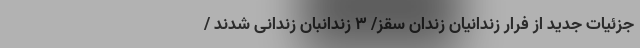
جزئیات جدید از فرار زندانیان زندان سقز/ 3 زندانبان زندانی شدند /